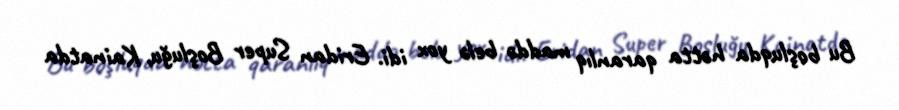
Bu boşluqda hətta qaranlıq maddə belə yox idi. Eridan Super Boşluğu, Kainatda